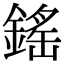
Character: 鎐